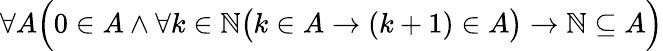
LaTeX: \forall A{\Bigl(}0\in A\land\forall k\in\mathbb{N}{\bigl(}k\in A\to(k+1)\in A{\bigr)}\to\mathbb{N}\subseteq A{\Bigr)}